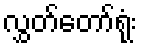
လွှတ်တော်ရုံး